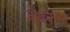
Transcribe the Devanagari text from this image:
जोधकरन्